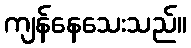
ကျန်နေသေးသည်။